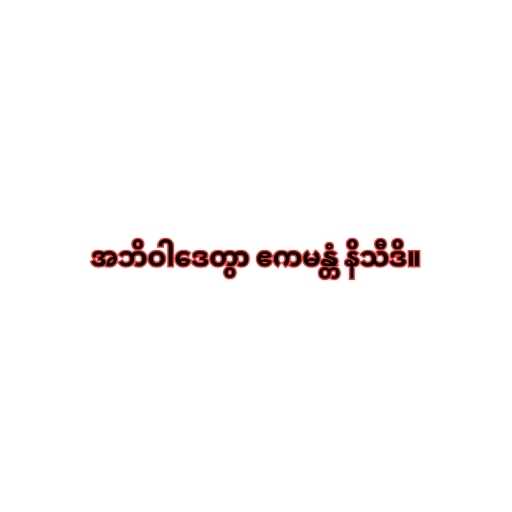
အဘိဝါဒေတွာ ဧကမန္တံ နိသီဒိ။